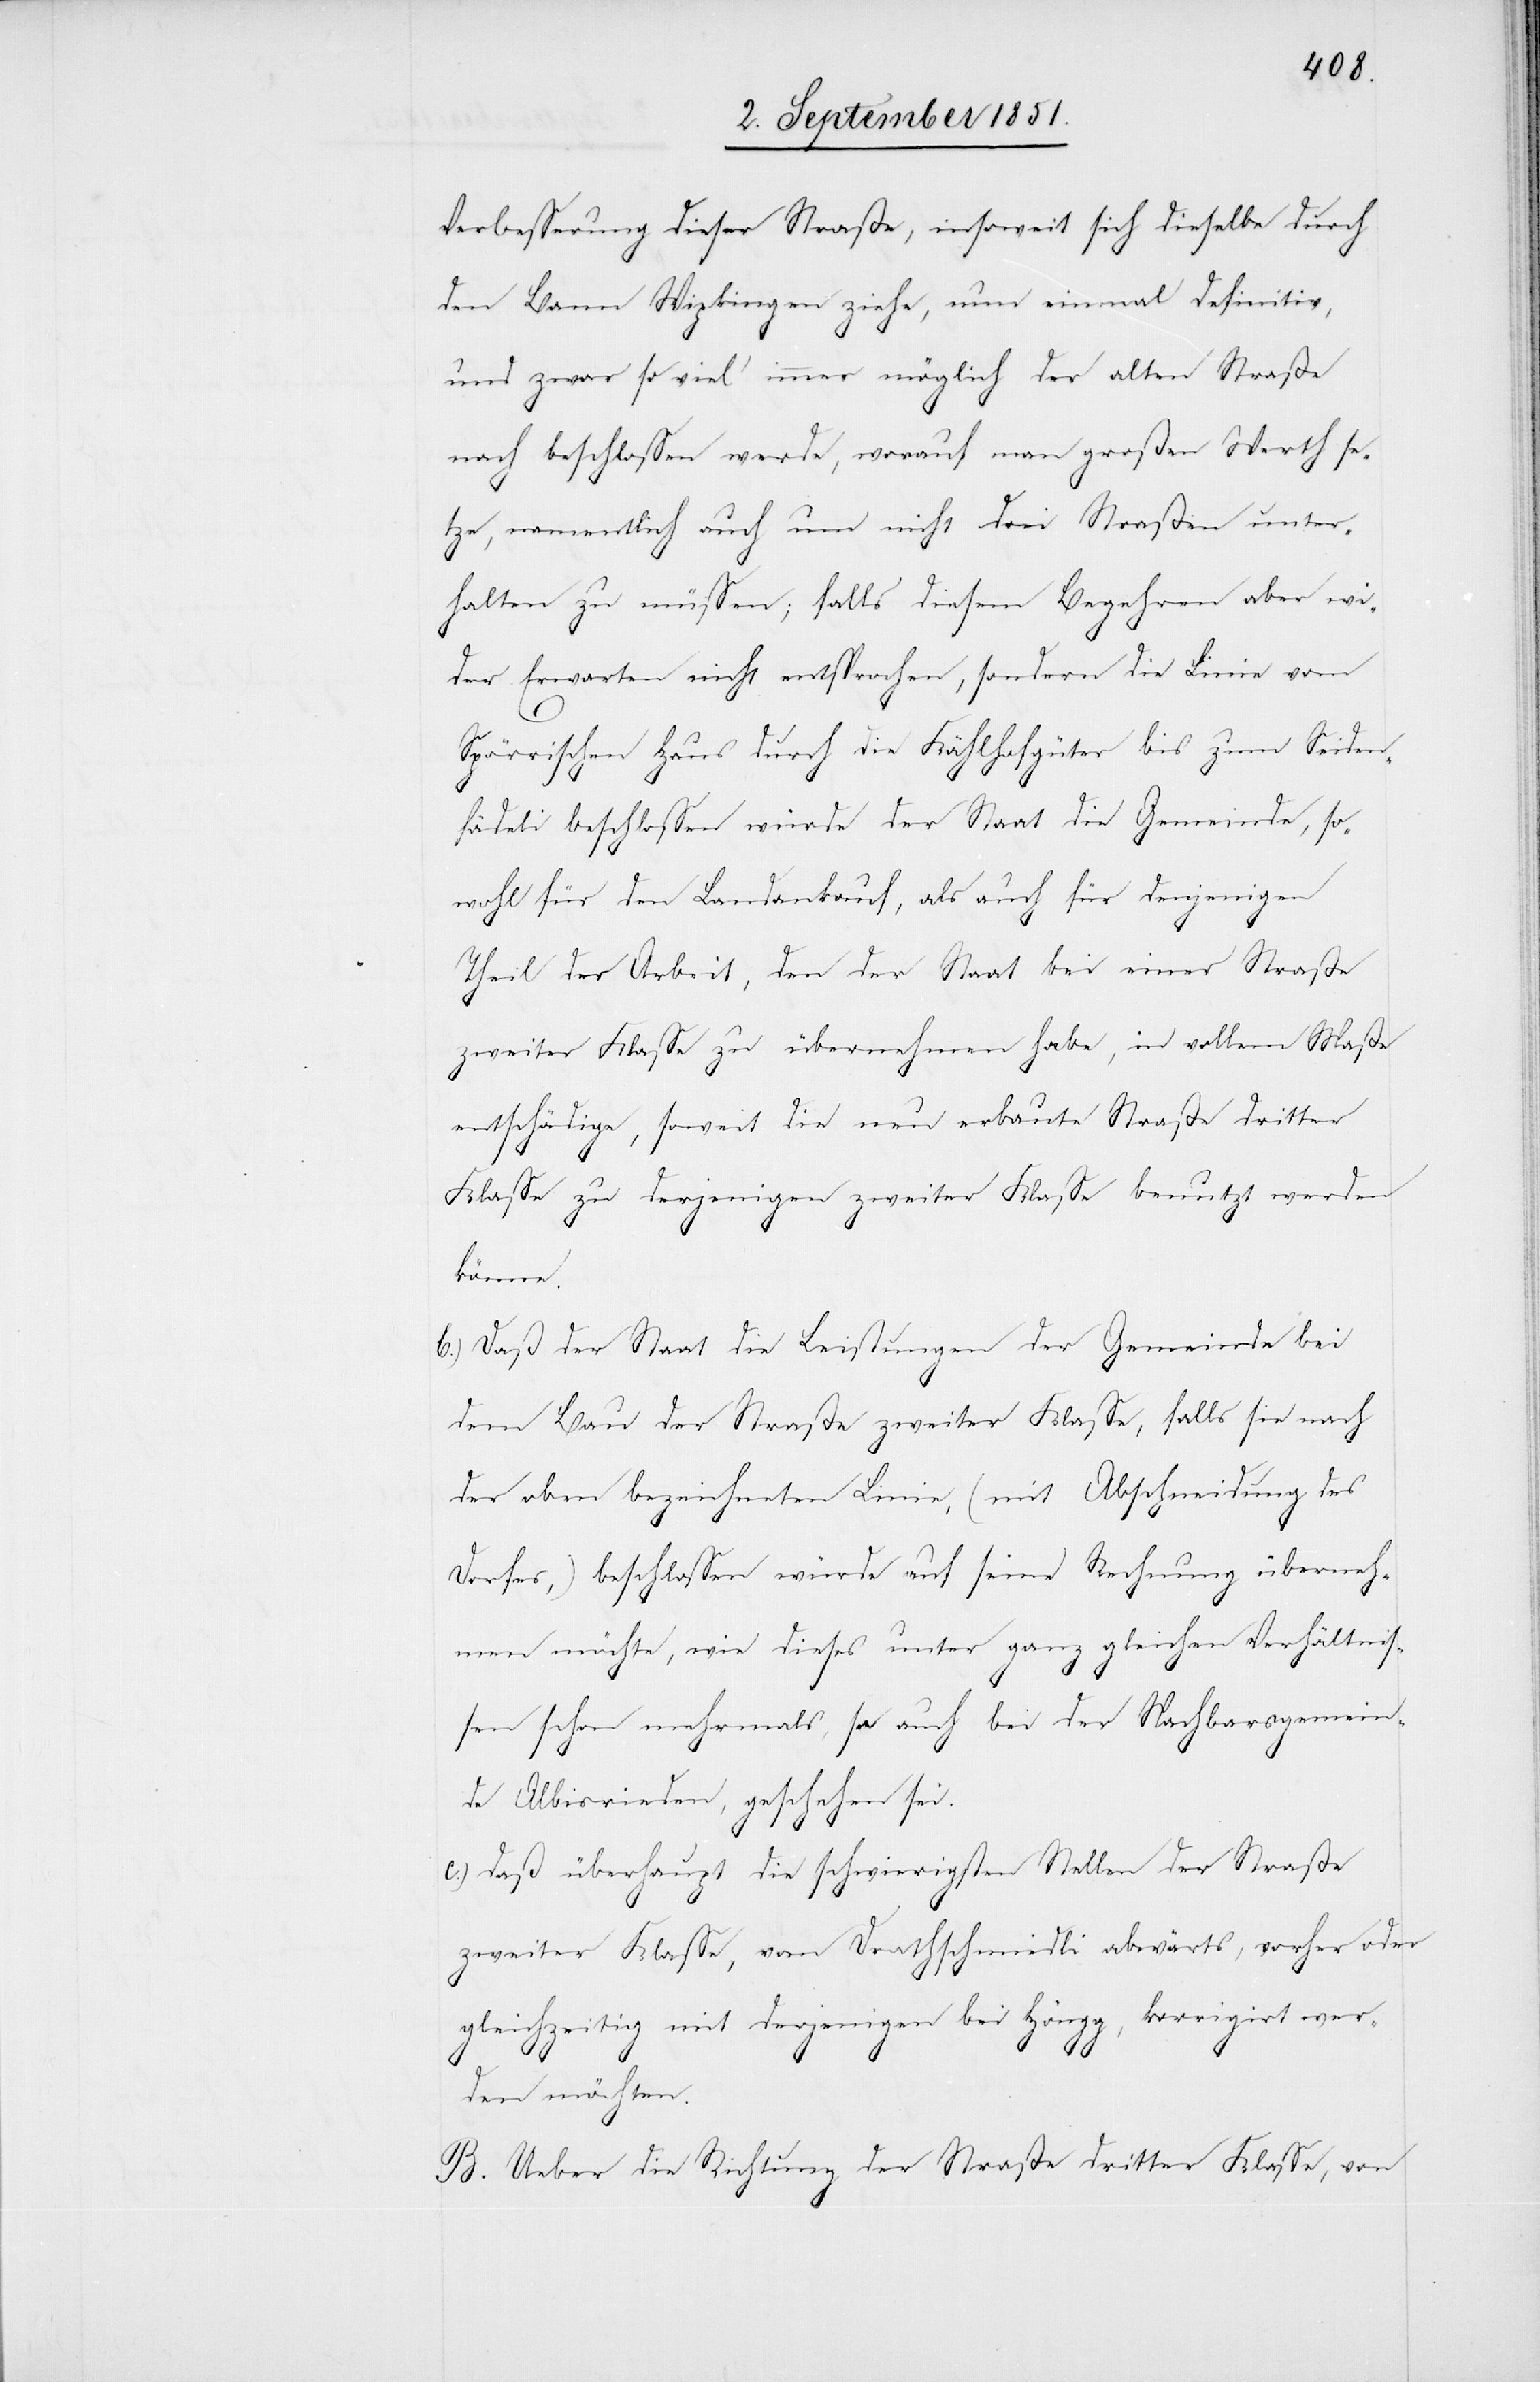
Verbesserung dieser Straße, insoweit sich dieselbe durch
den Bann Wipkingen ziehe, nun einmal definitiv,
und zwar so viel immer möglich der alten Straße
nach beschlossen werde, worauf man großen Werth se¬
tze, namentlich auch um nicht drei Straßen unter¬
halten zu müssen; falls diesem Begehren aber wi¬
der Erwarten nicht entsprochen, sondern die Linie vom
Spörrischen Haus durch die Kählhofgüter bis zum Seiden¬
fädeli beschlossen würde der Staat die Gemeinde, so¬
wohl für den Landankauf, als auch für denjenigen
Theil der Arbeit, den der Staat bei einer Straße
zweiter Klasse zu übernehmen habe, in vollem Maße
entschädige, soweit die neu erbaute Straße dritter
Klasse zu derjenigen zweiter Klasse benutzt werden
könne.
Daß der Staat die Leistungen der Gemeinde bei
dem Bau der Straße zweiter Klasse, falls sie nach
der oben bezeichneten Linie, (mit Abschneidung des
Dorfes,) beschlossen würde auf seine Rechnung überneh¬
men möchte, wie dieses unter ganz gleichen Verhältnis¬
sen schon mehrmals, so auch bei der Nachbarsgemein¬
de Albisrieden, geschehen sei.
c.)
daß überhaupt die schwierigsten Stellen der Straße
zweiter Klasse, vom Drathschmiedli abwärts, vorher oder
gleichzeitig mit derjenigen bei Höngg, korrigirt wer¬
den möchten.
B. Ueber die Richtung der Straße dritter Klasse, von